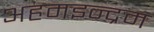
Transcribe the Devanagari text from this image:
अहमइन्द्रम